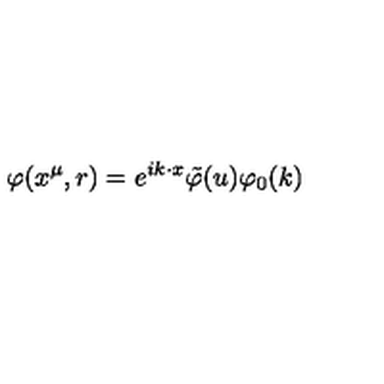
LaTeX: \varphi ( x ^ { \mu } , r ) = e ^ { i k \cdot x } \tilde { \varphi } ( u ) \varphi _ { 0 } ( k )